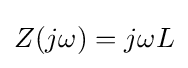
Z(j\omega )=j\omega L\,\!